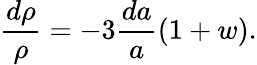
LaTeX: {\frac{d\rho}{\rho}}=-3{\frac{da}{a}}(1+w).